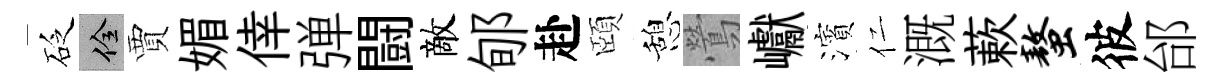
砭佺賈媚倖弹闘敵郇赴頤憩鶯巘濱仁溉蔌螯彼邰